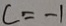
c = - 1